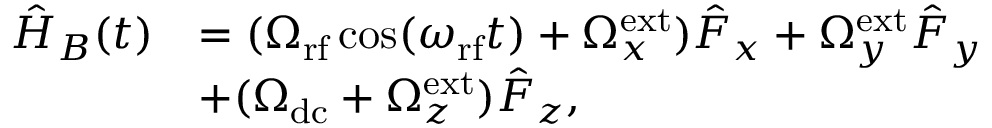
\begin{array} { r l } { \hat { H } _ { B } ( t ) } & { = ( \Omega _ { \mathrm { r f } } \cos ( \omega _ { \mathrm { r f } } t ) + \Omega _ { x } ^ { \mathrm { e x t } } ) \hat { F } _ { x } + \Omega _ { y } ^ { \mathrm { e x t } } \hat { F } _ { y } } \\ & { + ( \Omega _ { \mathrm { d c } } + \Omega _ { z } ^ { \mathrm { e x t } } ) \hat { F } _ { z } , } \end{array}